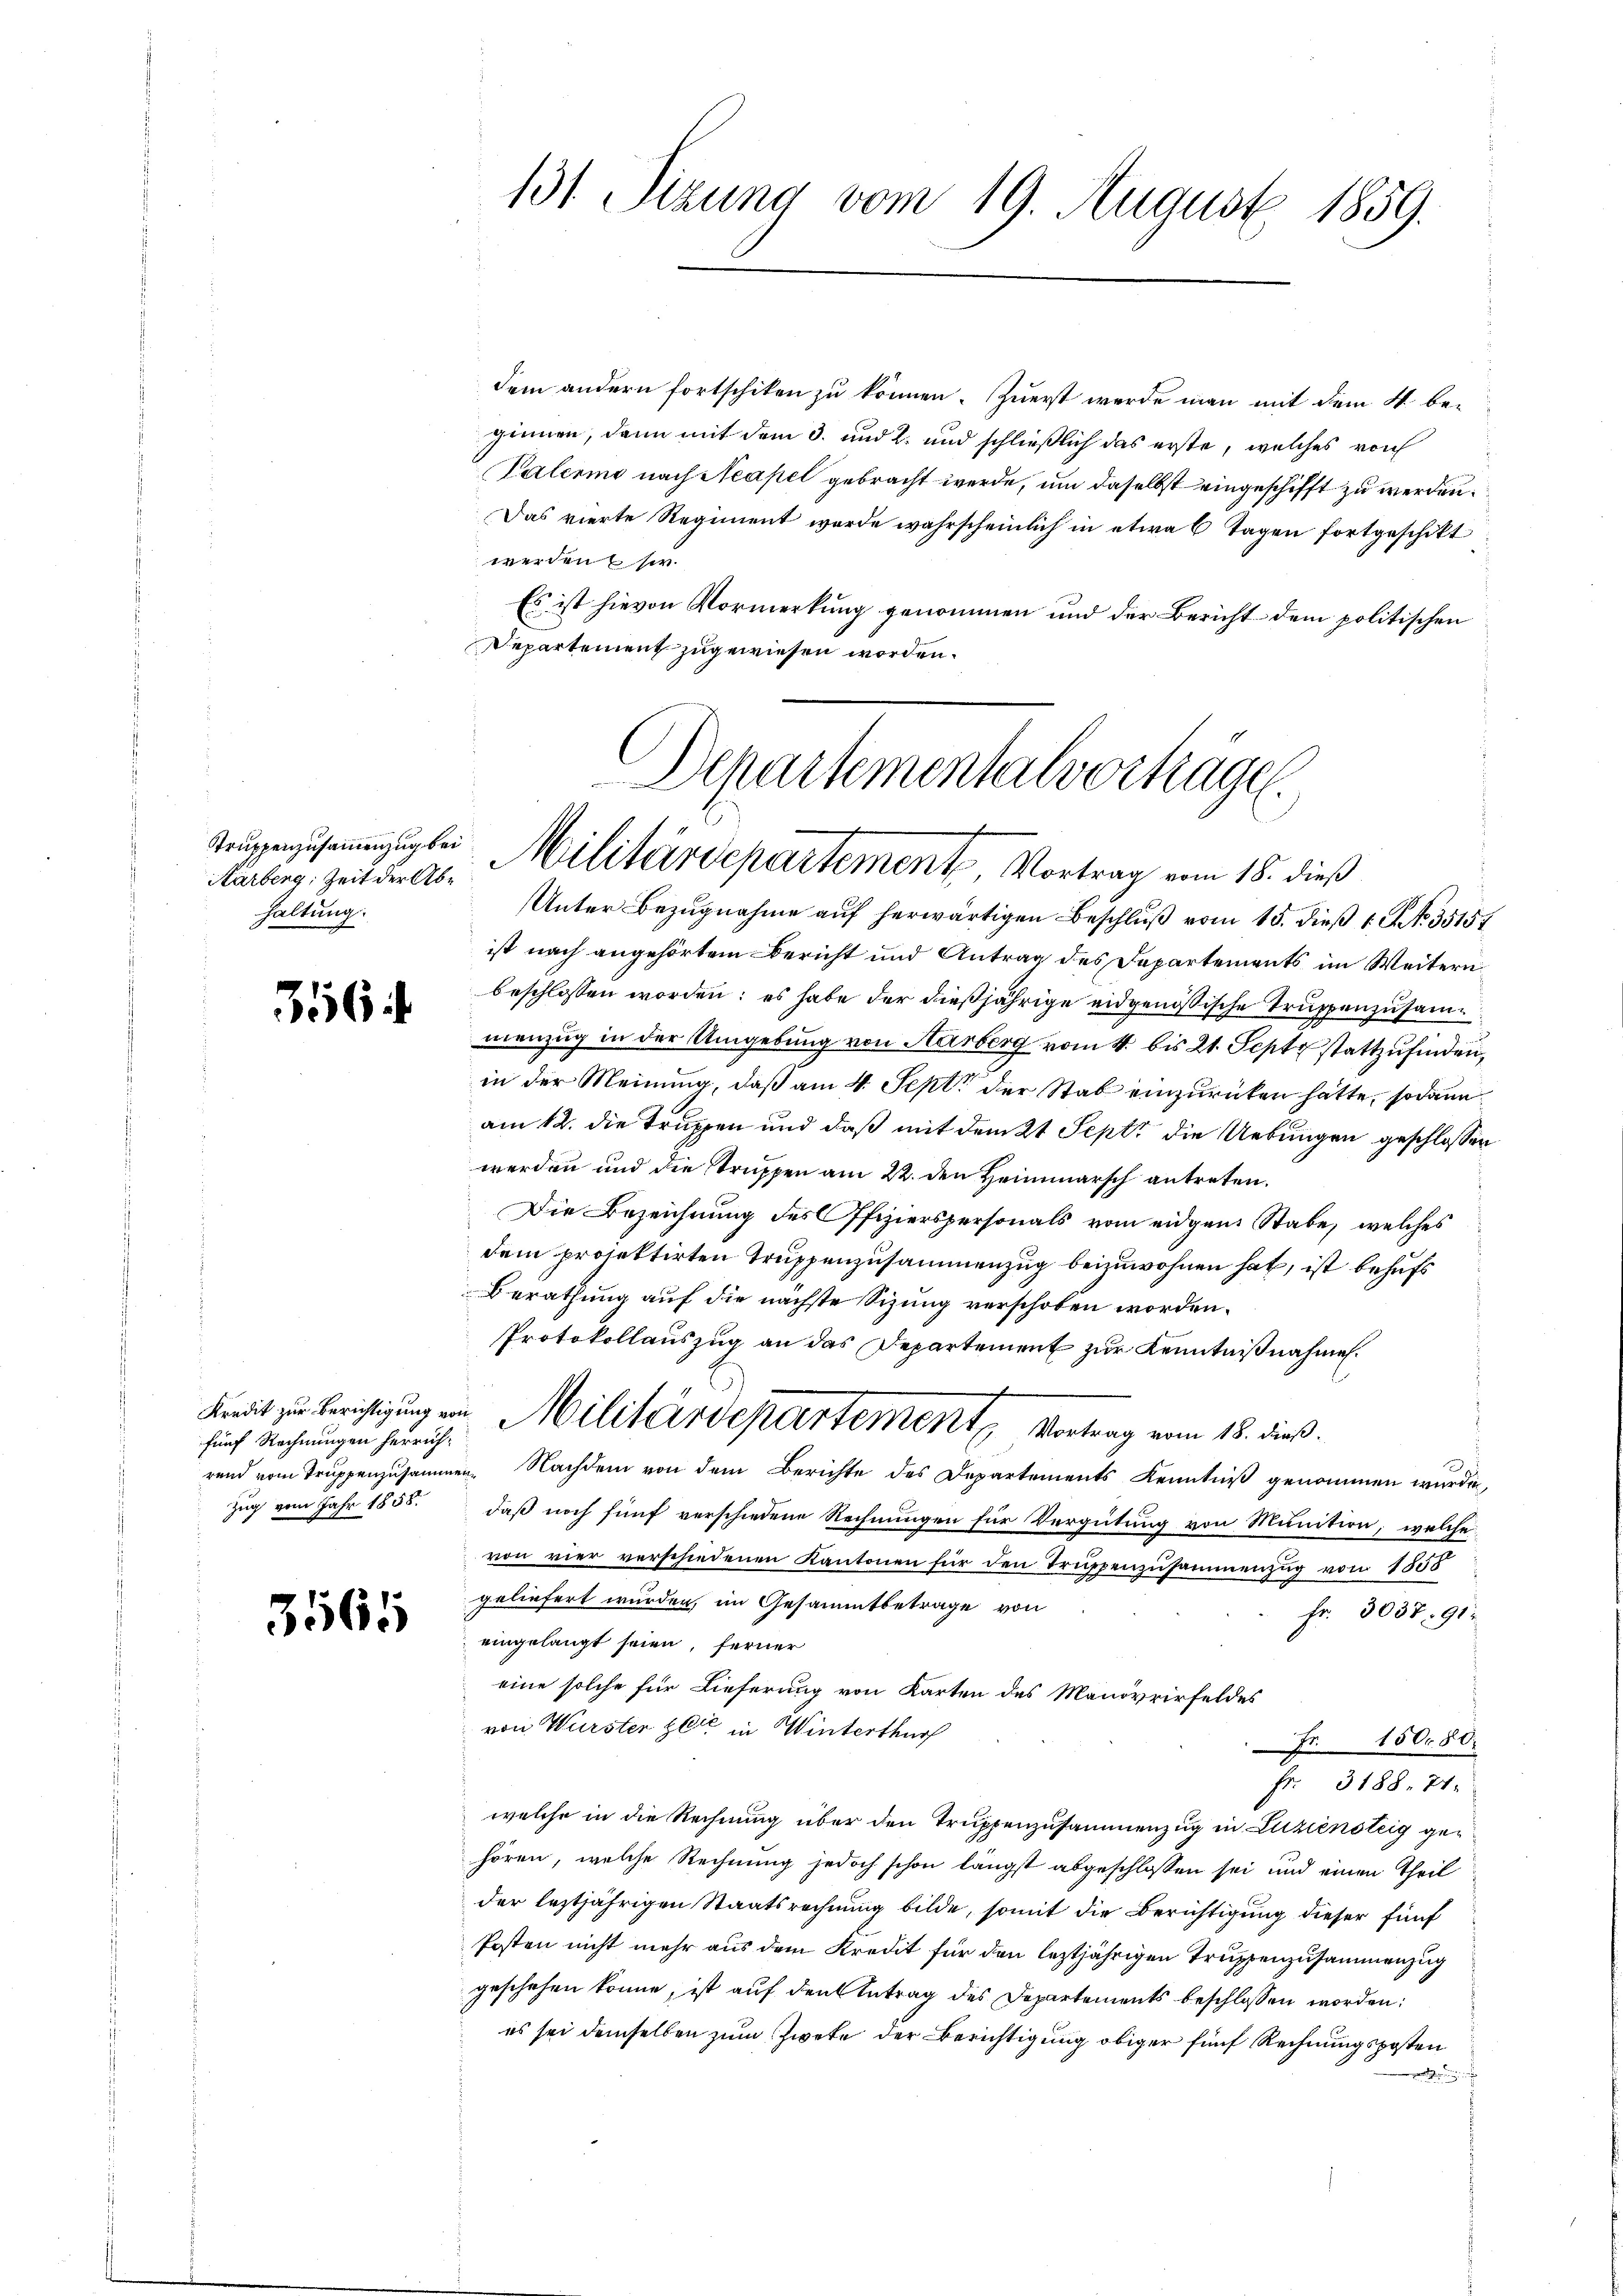
Truppenzusammenzug bei
Kärberg, Zeit der Abhaltung.

356

fünf Rechnungen herrüh¬
Zug vom Jahr 1858.

3565

dem andern fortschiken zu können. Zuerst werde man mit dem 4. be-
ginnen, dann mit dem 3. und 2. und schließlich das erste, welches vorh
Palerme nach Neapel gebracht werde, um daselbst eingeschifft zu werden.
Das vierte Regiment wurde wahrscheinlich in etwa 6 Tagen fortgeschikt
werden sie.
Es ist hievon Vormerkung genommen und der Bericht dem politischen
Departement zugewiesen worden.

131 Sizung vom 19. August 1859.

Departementalverträge.
Militärdepartement, Vortrag vom 18. dieß

Unter Bezugnahme auf herwärtigen Beschlŭβ vom 15. dieß 1 No 35157
ist nach angehörtem Bericht und Antrag des Departements im Weitern
beschlossen worden; es habe der dießjährige eidgenößische Truppenzusammenzug in der Umgebung von Aarberg vom 4. bis 21. Sept stattzufinden,
in der Meinung, daß am 4. Sept. der Stab einzurücken hätte, sodann
am 12. die Truppen und daß mit dem 21 Sept die Uebungen geschlossen
werden und die Truppen am 22. den Heimmarsch antreten.
Die Bezeichnung des Offizierspersonals vom eidgen Stabe, welches
dem projektirten Truppenzusammenzug beizuwohnen hat, ist behufs
Berathung auf die nächste Sizung verschoben worden.
Protokollauszug an das Departement zur Kenntnißnahmen.
rend vom Truppenzusammen. Nachdem von dem Berichte des Departements Kenntniß genommen wurde,
daß noch fünf verschiedene Rechnungen für Vergütung von Munition, welche
von vier verschiedenen Kantonen für den Truppenzusammenzug von 1818
geliefert wurden, im Gesammtbetrage von
Fr. 3037. 912
eingelangt seien, ferner
eine solche für Lieferung von Karten des Manövrirfeldes
von Würster Zeit in Winterthurf
15080.
fr. 3188. 71.
welche in die Rechnung über den Truppenzusammenzug in Luziensteig gehören, welche Rechnung jedoch schon längst abgeschlossen sei und einen Theil
der leztjährigen Staatsrechnung bilde, somit die Berichtigung dieser fünf
Posten nicht mehr aus dem Kredit für den leztjährigen Truppenzusammenzug
geschehen könne, ist auf den Antrag des Departements beschlossen worden:
es sei demselben zum Zwete der Berichtigung obiger fünf Rechnungsposten

Kredit zur Berichtigung von Militärdepartement Vortrag vom 18. dieß.